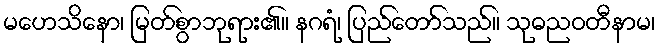
မဟေသိနော၊ မြတ်စွာဘုရား၏။ နဂရံ၊ ပြည်တော်သည်။ သုဓညဝတီနာမ၊